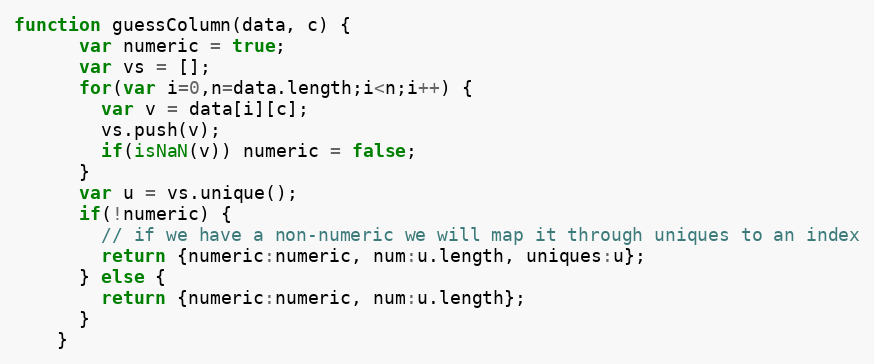
Language: JavaScript
function guessColumn(data, c) {
      var numeric = true;
      var vs = [];
      for(var i=0,n=data.length;i<n;i++) {
        var v = data[i][c];
        vs.push(v);
        if(isNaN(v)) numeric = false;
      }
      var u = vs.unique();
      if(!numeric) {
        // if we have a non-numeric we will map it through uniques to an index
        return {numeric:numeric, num:u.length, uniques:u};
      } else {
        return {numeric:numeric, num:u.length};
      }
    }